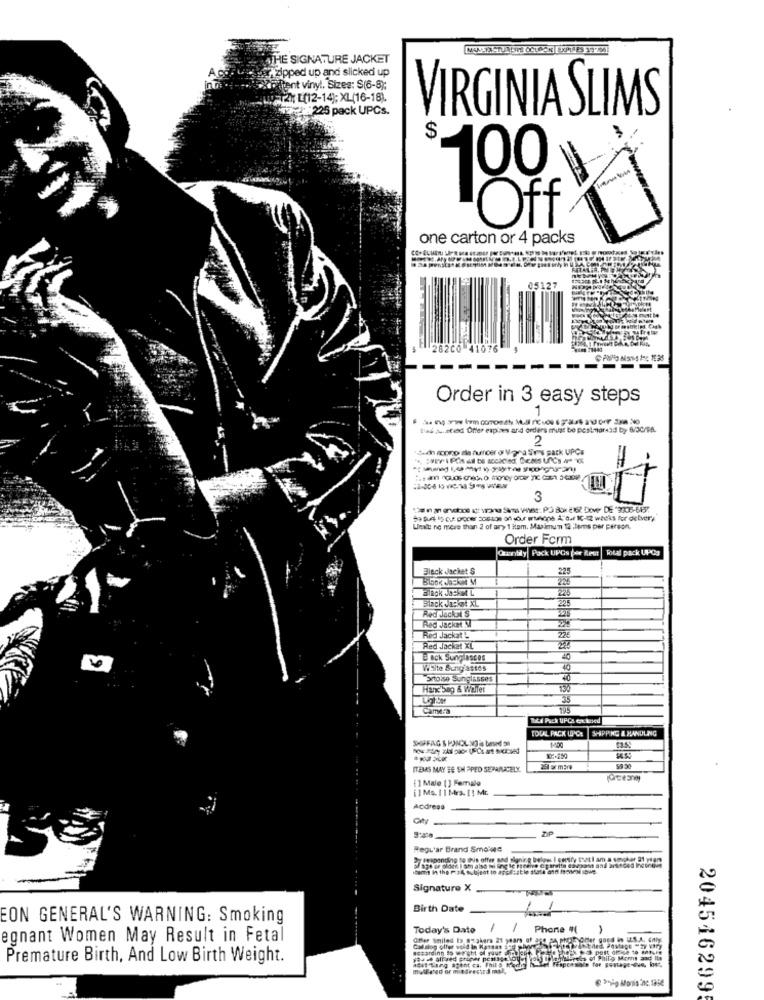
THE SIGNATURE JACKET
zipped up and slicked up
tent vinyl. Sizes: S(6-8);
2 [(12-14]; XL(16-18).
:225 pack UPCs.
VIRGINIA SLIMS
$
100
Off
one carton or 4 packs
05127
Order in 3 easy steps
1
ted ... stid Offer expires and orders muss be pestmarad by 6/30/F8.
2
**- An ropno ale furroer of Vara Srs pack UPCs
3
Lesit ne more than 2 of ary 1 item. Maximum 12 lems per person.
Order Form
Quantily Pack UPGs (se Reur|Total pack UPOg
Black Jacket $
Black Ja: at XL
-
Red Jackal S
Red Jacket S
Red Jackat
Red Jacket XL
Back Sunglasses
Visite Sungastos
Srtoise Sunglasses
Hanc'Seg & Weller
Camera
Bei Pack UPCs extased
TOTAL PACK UPC:
SHIPPING & HANDLING
SHEFAG S PINOLINO is based on
1450
ITEMS MAY BE SH PPED SEPARATELY.
11 Malo [ ] Female
[] Ms. 11 Mrs.1! Mc
Acdress
Qhy
ZIP
Regu'ar Brand Smo'we
7sespending to this offer and alanine belges I corsiry that i am a smoker 21 ytam
Signature X
Birth Date
EON GENERAL'S WARNING: Smoking
Today's Date
1
/
Phone "(
egnant Women May Result in Fetal
Offer Smiled ta gyakers 21 years of ary pe ptEgne
Calalog offer vold in Kansas Sed ahover
och post office to manie
Premature Birth, And Low Birth Weight.
adat Tung sftht ca. Phil & He
Philg Moms and Its
mullered or mindresindl mal,
· ··· Mons in 1998
204516299